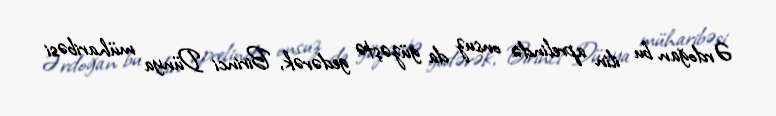
Ərdoğan bu ilin aprelində onsuz da güzəştə gedərək, Birinci Dünya müharibəsi